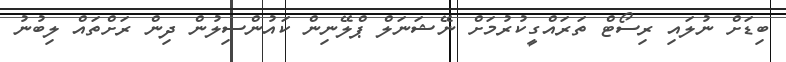
ބިޑަށް ނުލައި ރިސޯޓް ތަރައްގީކުރުމަށް ނޭޝަނަލް ޕްލޭނިން ކައުންސިލުން ދިން ރަށްތައް ލިބުނު